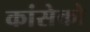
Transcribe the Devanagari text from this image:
कांसेको